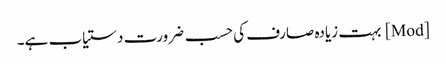
[Mod] بہت زیادہ صارف کی حسب ضرورت دستیاب ہے۔